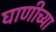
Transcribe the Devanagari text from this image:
घाणीच्या